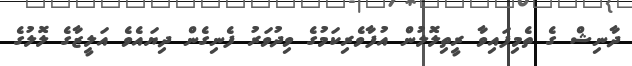
ދާނިޝް ގެ ތެމިފައިވާ ރީތިލޮލުން އުފާވެރިކަމުގެ ވިދުވަރު ފެނިގެން ދިޔައެވެ އަލީޒާގެ ލޮލުގެ